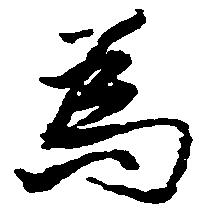
為